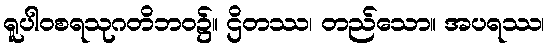
ရူပါဝစရသုဂတိဘဝ၌။ ဌိတဿ၊ တည်သော။ အပရဿ၊